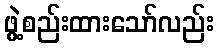
ဖွဲ့စည်းထားသော်လည်း